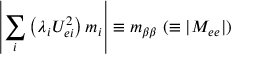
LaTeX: \left| \sum _ { i } \left( \lambda _ { i } U _ { e i } ^ { 2 } \right) m _ { i } \right| \equiv m _ { \beta \beta } ~ ( \equiv | M _ { e e } | )